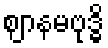
ဈာနမဗုဒ္ဓိ